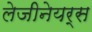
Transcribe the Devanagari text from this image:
लेजीनेयर्स